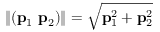
\| ( \mathbf { p } _ { 1 } ~ \mathbf { p } _ { 2 } ) \| = \sqrt { \mathbf { p } _ { 1 } ^ { 2 } + \mathbf { p } _ { 2 } ^ { 2 } }